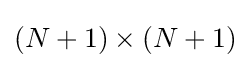
(N+1)\times (N+1)